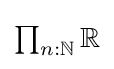
{\textstyle \prod _{n:\mathbb {N} }{\mathbb {R} }}